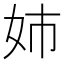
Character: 姉